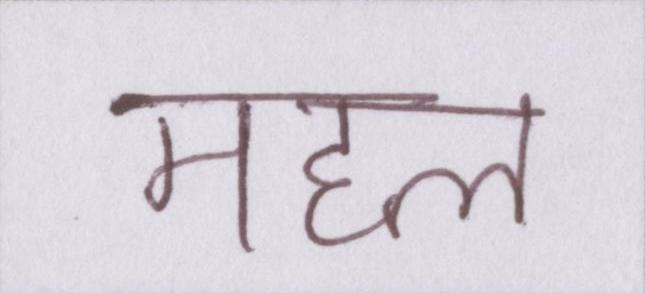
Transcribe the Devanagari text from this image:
महल